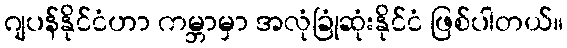
ဂျပန်နိုင်ငံဟာ ကမ္ဘာမှာ အလုံခြုံဆုံးနိုင်ငံ ဖြစ်ပါတယ်။